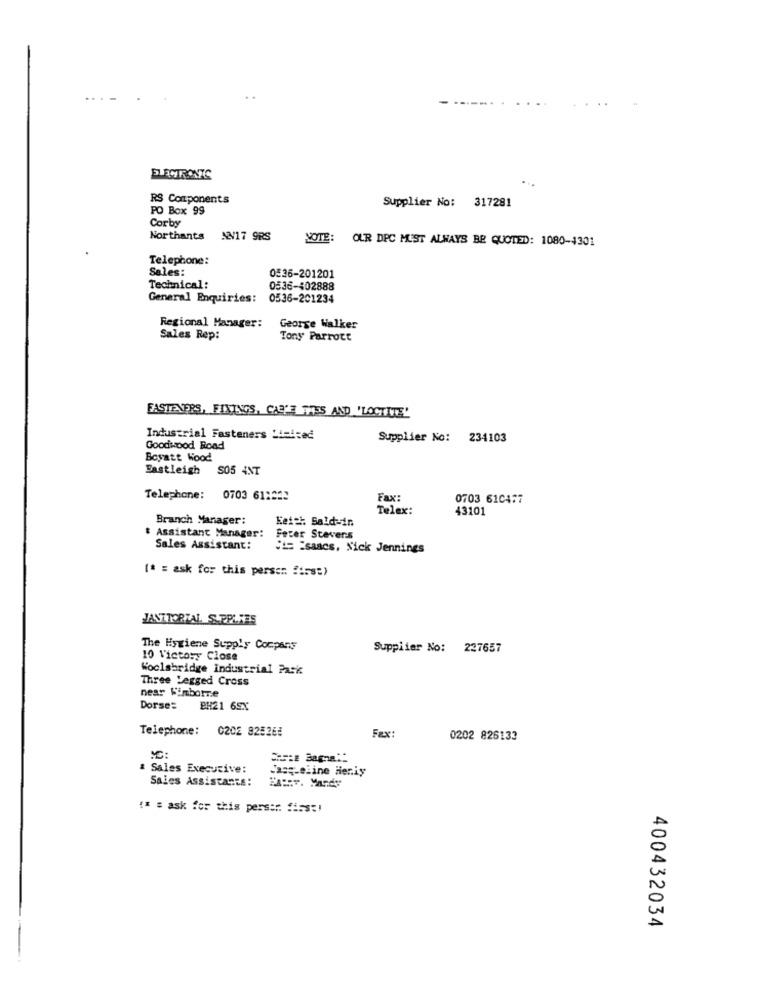
...-
ELECTRONIC
RS Components
Supplier No: 317281
PO Box 99
Corby
Northants NN17 9RS
NOTE: OUR DPC MUST ALWAYS BE QUOTED: 1080-4301
Telephone:
Sales:
0536-201201
Technical:
0536-402888
General Enquiries:
0536-201234
Regional Manager:
George Walker
Sales Rep:
Tony Parrott
FASTENERS, FIXINGS, CAR'E TRES AND 'LOCTITE'
Industrial Fasteners Limited
Supplier No: 234103
Goodwood Road
Boyatt Wood
Eastleigh
S05 4NT
Telephone: 0703 611222
Fax:
0703 610477
Telex:
43101
Branch Manager:
Keiet Sald-in
Assistant Manager:
Fecer Stevens
Sales Assistant:
ME Isaacs, Nick Jennings
(* = ask for this person first)
JANITORTAL S.PPARES
The Hygiene Supply Company
Supplier No: 237657
10 Victory Close
Woolsbridge Industrial Park
Three Legged Cross
near Kimborne
Dorse=
BH21 6SX
Telephone: 0202 828265
Fax:
0202 826133
C:
Sales Executive:
Casq-eline Heniy
Sales Assistants:
#* # ask for this pers ::: first!
400432034